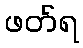
ဖတ်ရ